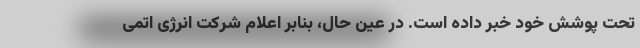
تحت پوشش خود خبر داده است. در عین حال، بنابر اعلام شرکت انرژی اتمی